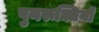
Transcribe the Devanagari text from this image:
पुनरूक्तियों